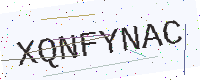
Text: XQNFYNAC